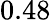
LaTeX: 0.48